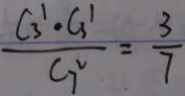
\frac { C _ { 3 } ^ { 1 } \cdot C _ { 3 } ^ { 1 } } { C _ { 7 } ^ { 2 } } = \frac { 3 } { 7 }